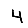
Digit: 4